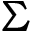
\Sigma